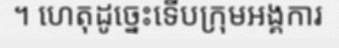
។ ហេតុដូច្នេះទើបក្រុមអង្គការ